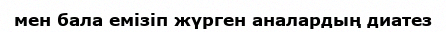
мен бала емізіп жүрген аналардың диатез